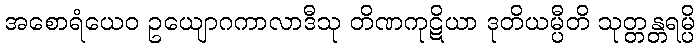
အစောရံယေဝ ဥယျောဂကာလာဒီသု တိဏကုဋိယာ ဒုတိယမ္ပီတိ သုတ္တန္တရမ္ပိ